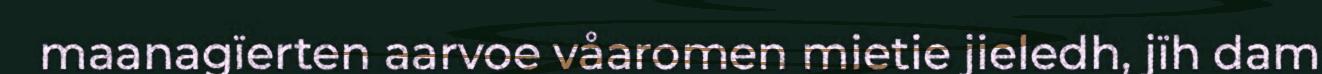
maanagïerten aarvoe våaromen mietie jieledh, jïh dam